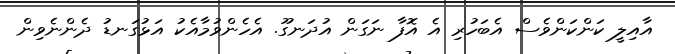
އާއިލީ ކަންކަންވެސް އެބަހުރި އެ އޮފާ ނަގަން އުދަނގޫ. އެހެންވުމާއެކު އަޅުގަނޑު ދެންނެވިން